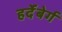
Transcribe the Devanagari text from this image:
हर्देंबेर्ग